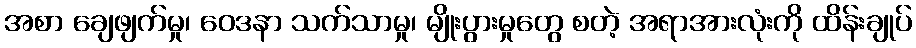
အစာ ချေဖျက်မှု၊ ဝေဒနာ သက်သာမှု၊ မျိုးပွားမှုတွေ စတဲ့ အရာအားလုံးကို ထိန်းချုပ်